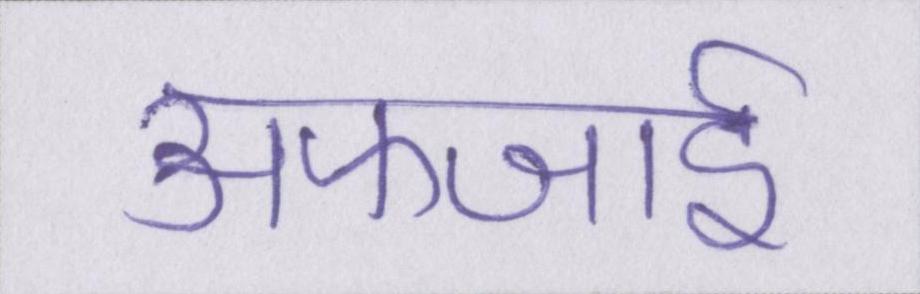
अफजाई